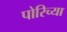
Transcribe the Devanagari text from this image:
पोरिच्या